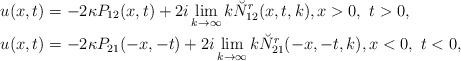
LaTeX: \begin{align*} &u(x,t)=-2\kappa P_{12}(x,t)+2i\lim_{k\rightarrow\infty}k\breve{N}^{r}_{12}(x,t,k), x>0, \ t>0, \\ &u(x,t)=-2\kappa P_{21}(-x,-t)+2i\lim_{k\rightarrow\infty}k\breve{N}^{r}_{21}(-x,-t,k), x<0, \ t<0, \end{align*}